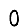
Digit: 0